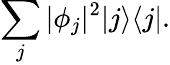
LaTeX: \sum_{j}|\phi_{j}|^{2}|j\rangle\langle j|.